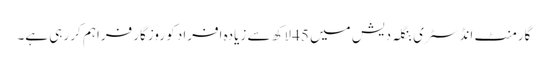
گارمنٹ انڈسٹری بنگلہ دیش میں 45 لاکھ سے زیادہ افراد کو روزگار فراہم کر رہی ہے۔